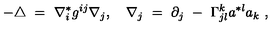
- \triangle \ = \ \nabla _ { i } ^ { * } g ^ { i j } \nabla _ { j } , \quad \nabla _ { j } \ = \ \partial _ { j } \ - \ \Gamma _ { j l } ^ { k } a ^ { * l } a _ { k } \ ,